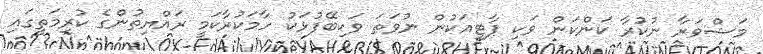
މަޝްވަރާ ނުކުރާ ކަންކަން ވަކި ޕާޓީއަކުން ނުވަތަ ވަކިބޭފުޅަކު ހާމަކުރާކަމީ ރައްޔިތުންގެ ކުރިމަތީގައި